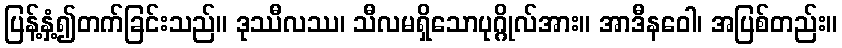
ပြန့်နှံ့၍တက်ခြင်းသည်။ ဒုဿီလဿ၊ သီလမရှိသောပုဂ္ဂိုလ်အား။ အာဒီနဝေါ၊ အပြစ်တည်း။